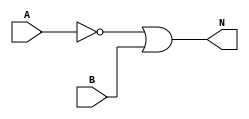
module Inicial_DI (
  input wire A, B,
  output wire N
);

  wire Z; // Cable para conectar la salida de not con la entrada de or

  // Instanciacin de la compuerta NOT
  not notgate(Z,   // Salida del not
              A);  // Entrada del not
  or orgate(N,     // Salida del or
            Z,B);  // Entrada del or
endmodule